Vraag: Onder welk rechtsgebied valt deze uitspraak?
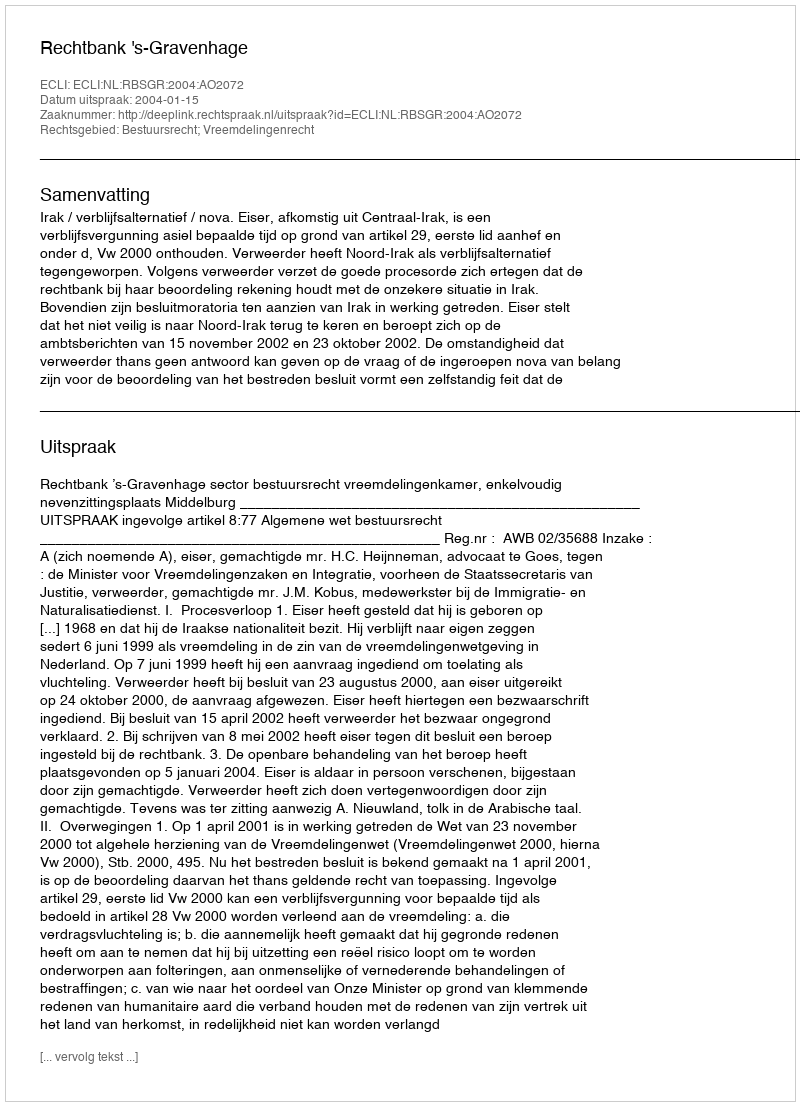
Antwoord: Bestuursrecht; Vreemdelingenrecht